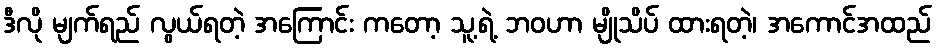
ဒီလို မျက်ရည် လွယ်ရတဲ့ အကြောင်း ကတော့ သူ့ရဲ့ ဘဝဟာ မျိုသိပ် ထားရတဲ့၊ အကောင်အထည်